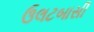
ઉલટબાસી